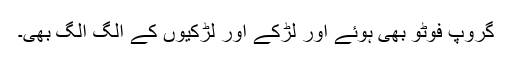
گروپ فوٹو بھی ہوئے اور لڑکے اور لڑکیوں کے الگ الگ بھی۔